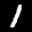
Label: 1